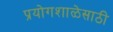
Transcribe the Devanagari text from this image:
प्रयोगशाळेसाठी